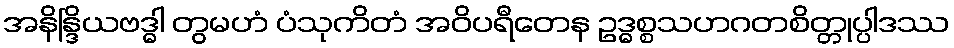
အနိန္ဒြိယဗဒ္ဓါ တွမဟံ ပံသုကိတံ အဝိပရီတေန ဥဒ္ဓစ္စသဟဂတစိတ္တုပ္ပါဒဿ